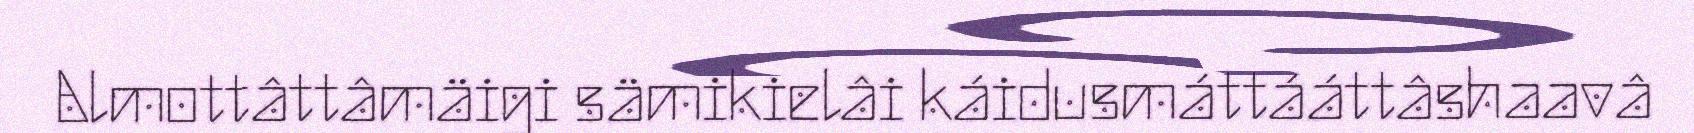
Almottâttâmäigi sämikielâi káidusmáttááttâshaavâ